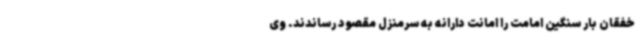
خفقان بار سنگین امامت را امانت دارانه به سرمنزل مقصود رساندند. وی